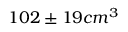
1 0 2 \pm 1 9 c m ^ { 3 }